Lunatic asylums Madras 1877-1891 - 1877-1891
Year: 1877
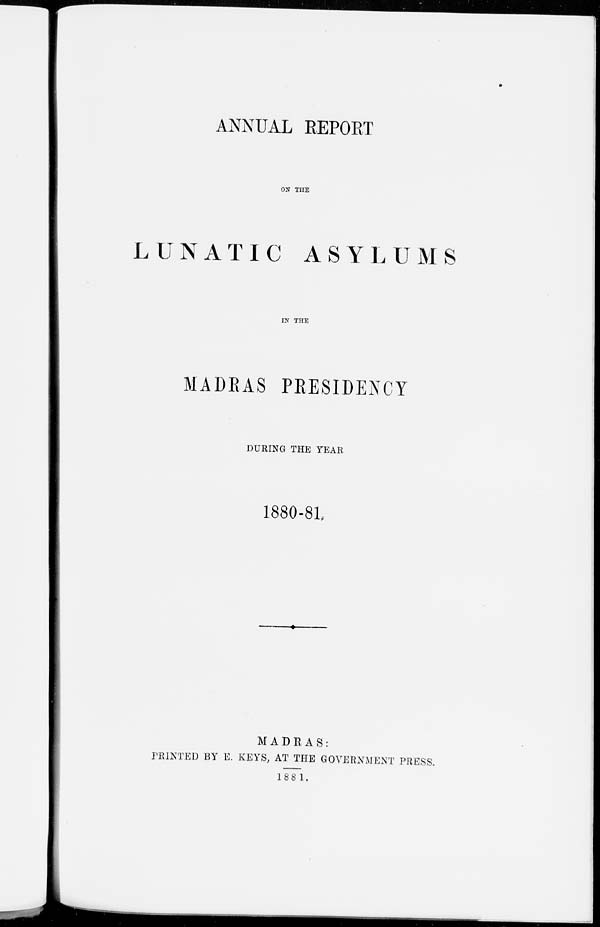
ANNUAL REPORT
ON THE
LUNATIC ASYLUMS
IN THE
MADRAS PRESIDENCY
DURING THE YEAR
1880-81.
MADRAS:
PRINTED BY E. KEYS, AT THE GOVERNMENT PRESS.
1881.